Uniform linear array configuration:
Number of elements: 12
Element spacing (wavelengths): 0.25
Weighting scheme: uniform
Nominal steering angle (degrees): -15
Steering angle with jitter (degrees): -16.696
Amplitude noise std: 0.05
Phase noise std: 0.05

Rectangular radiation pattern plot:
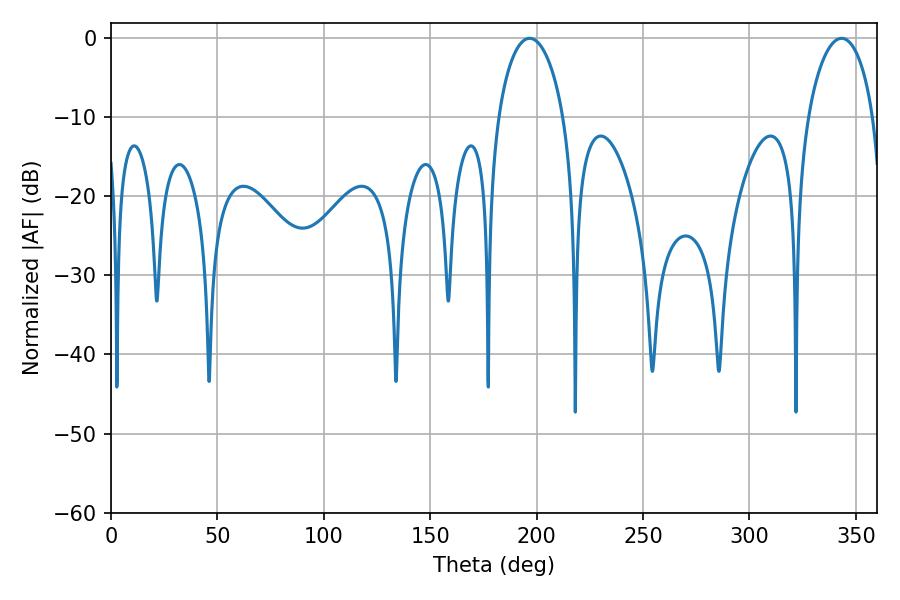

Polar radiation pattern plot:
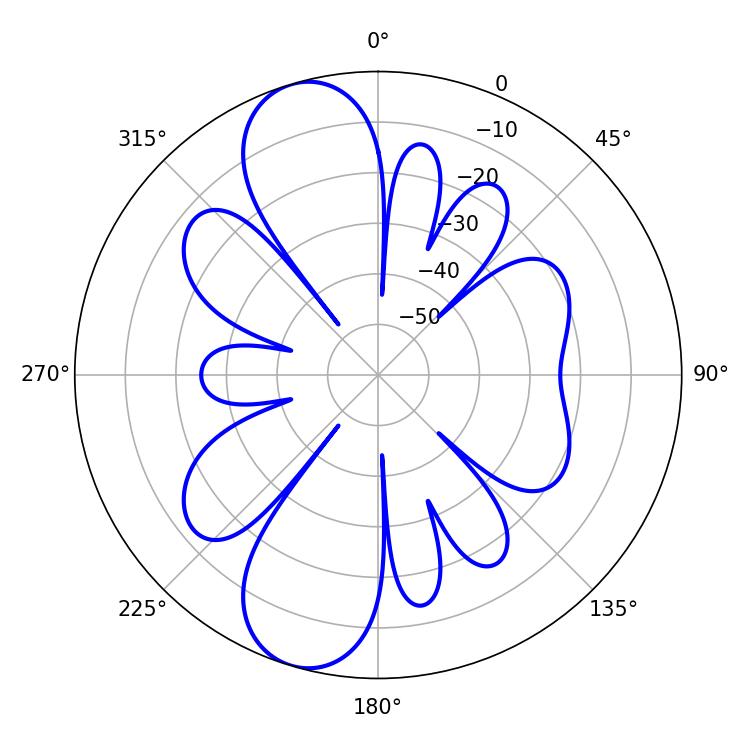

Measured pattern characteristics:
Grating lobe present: FALSE
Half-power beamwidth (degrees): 17.64
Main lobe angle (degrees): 196.74